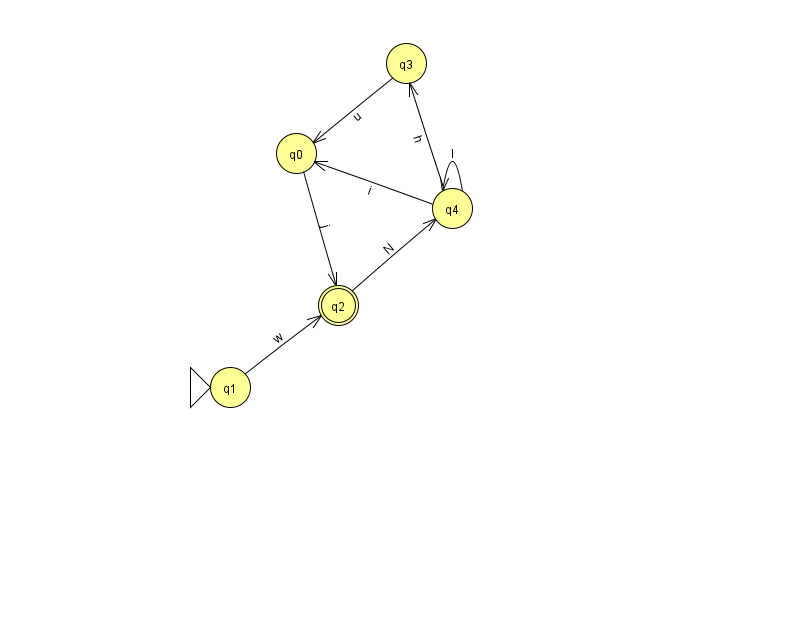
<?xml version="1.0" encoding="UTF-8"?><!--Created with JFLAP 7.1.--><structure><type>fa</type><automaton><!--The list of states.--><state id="0" name="q0"><x>296.0</x><y>140.0</y></state><state id="1" name="q1"><x>230.0</x><y>374.0</y><initial/></state><state id="2" name="q2"><x>338.0</x><y>292.0</y><final/></state><state id="3" name="q3"><x>406.0</x><y>50.0</y></state><state id="4" name="q4"><x>452.0</x><y>195.0</y></state><!--The list of transitions.--><transition><from>4</from><to>0</to><read>i</read></transition><transition><from>1</from><to>2</to><read>w</read></transition><transition><from>2</from><to>4</to><read>N</read></transition><transition><from>0</from><to>2</to><read>j</read></transition><transition><from>4</from><to>3</to><read>h</read></transition><transition><from>4</from><to>4</to><read>l</read></transition><transition><from>3</from><to>0</to><read>u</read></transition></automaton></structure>